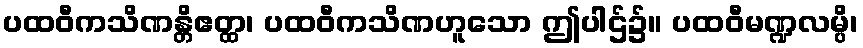
ပထဝီကသိဏန္တိဧတ္ထ၊ ပထဝီကသိဏဟူသော ဤပါဌ်၌။ ပထဝီမဏ္ဍလမ္ပိ၊